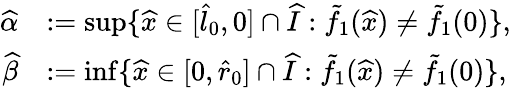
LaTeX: \begin{array}{rl}{\widehat\alpha}&{:=\operatorname*{sup}\{ \widehat{x}\in[\widehat{l}_{0},0]\cap\widehat{I}:\tilde{f}_{1}(\widehat{x})\neq\tilde{f}_{1}(0)\} ,}\\ {\widehat\beta}&{:=\operatorname*{inf}\{ \widehat{x}\in[0,\widehat{r}_{0}]\cap\widehat{I}:\tilde{f}_{1}(\widehat{x})\neq\tilde{f}_{1}(0)\} ,}\end{array}